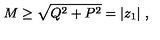
M \geq \sqrt { Q ^ { 2 } + P ^ { 2 } } = | z _ { 1 } | \ ,